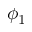
\phi _ { 1 }